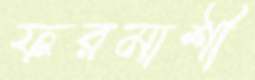
ফরমাশী